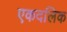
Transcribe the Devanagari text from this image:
एकदलिक